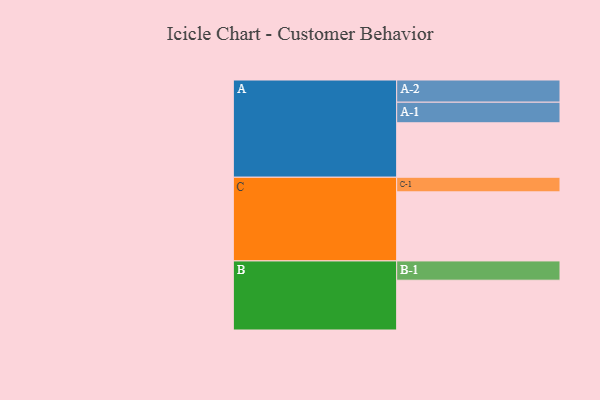
{"axis": {"x": "Segment", "y": "Value"}, "legend": ["", "A", "B", "C"], "data": [{"x": "A", "y": 373, "type": ""}, {"x": "B", "y": 341, "type": ""}, {"x": "C", "y": 473, "type": ""}, {"x": "A-1", "y": 141, "type": "A"}, {"x": "A-2", "y": 152, "type": "A"}, {"x": "B-1", "y": 132, "type": "B"}, {"x": "C-1", "y": 100, "type": "C"}]}